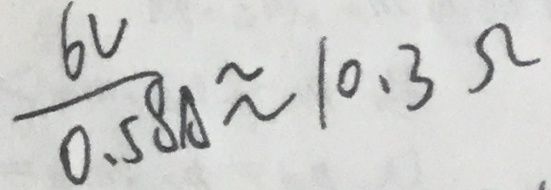
\frac { 6 V } { 0 . 5 8 A } \approx 1 0 . 3 \Omega